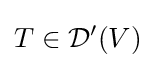
T\in {\mathcal {D}}^{\prime }(V)